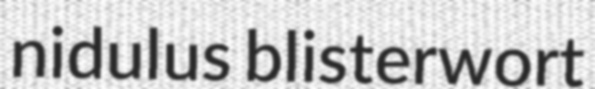
nidulus blisterwort